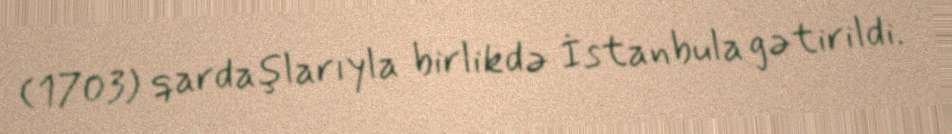
(1703) qardaşlarıyla birlikdə İstanbula gətirildi.